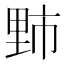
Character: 𫒁